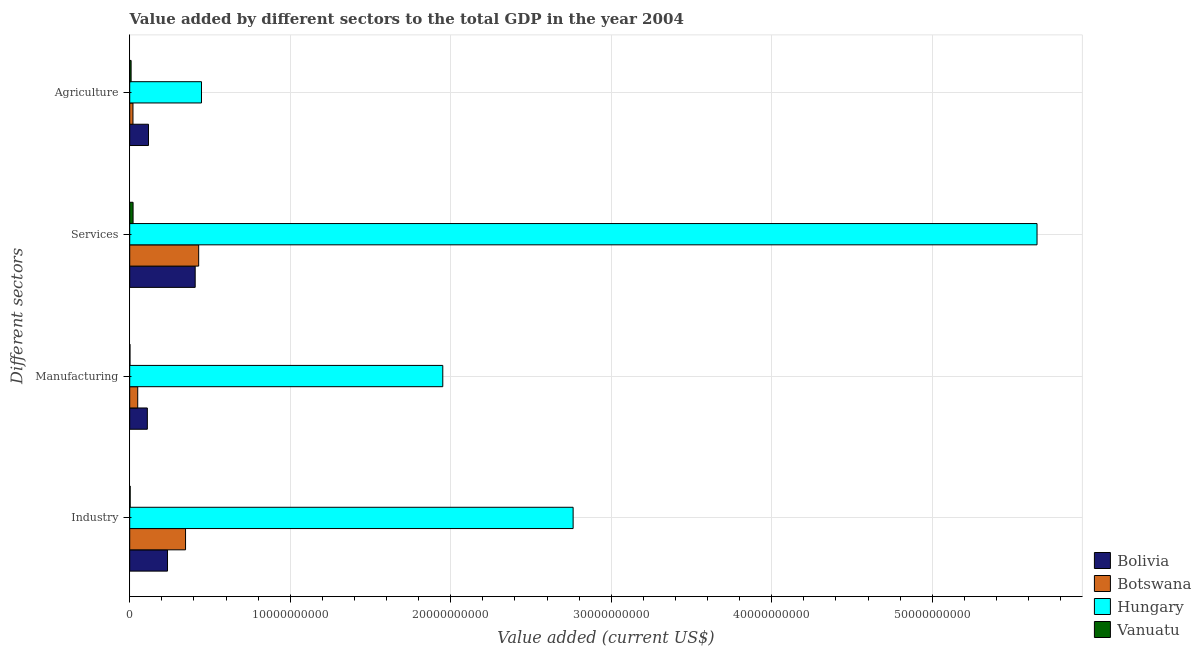
| Different sectors | Bolivia | Botswana | Hungary | Vanuatu |
 | --- | --- | --- | --- | --- |
 | Industry | 2.35e+09 | 3.48e+09 | 2.76e+10 | 2.77e+07 |
 | Manufacturing | 1.1e+09 | 4.98e+08 | 1.95e+10 | 1.47e+07 |
 | Services | 4.08e+09 | 4.3e+09 | 5.65e+10 | 2.09e+08 |
 | Agriculture | 1.17e+09 | 2.02e+08 | 4.47e+09 | 8.61e+07 |